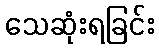
သေဆုံးရခြင်း